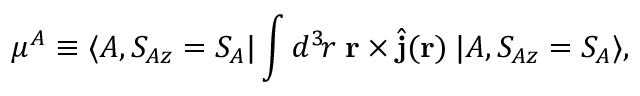
\mu ^ { A } \equiv \langle A , S _ { A z } = S _ { A } | \int d ^ { 3 } \! r \; { \bf r } \times \hat { { \bf j } } ( { \bf r } ) \: | A , S _ { A z } = S _ { A } \rangle ,